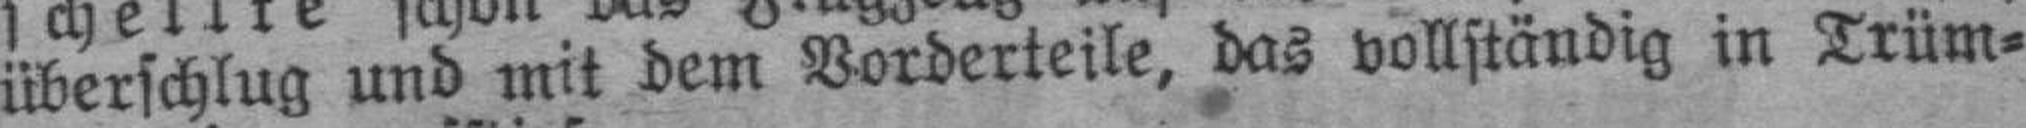
überschlug und mit dem Vorderteile, das vollständig in Trüm¬